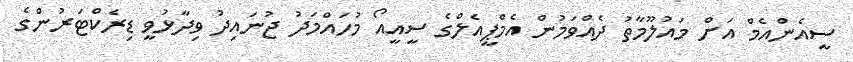
ސީއެންއެމް އަށް މައުލޫމާތު ދެއްވަމުން އެމްޕީއެލްގެ ސީއީއޯ މުހައްމަދު ޖުނައިދު ވިދާޅުވީ ޑިރެކްޓަރުންގެ